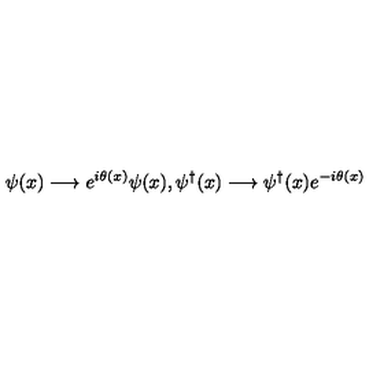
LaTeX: \psi ( x ) \longrightarrow e ^ { i \theta ( x ) } \psi ( x ) , \psi ^ { \dag } ( x ) \longrightarrow \psi ^ { \dag } ( x ) e ^ { - i \theta ( x ) }